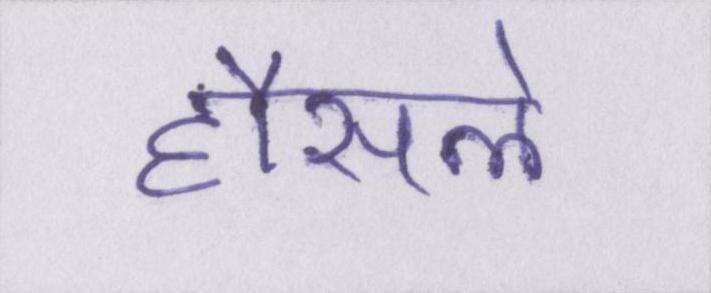
हौसले